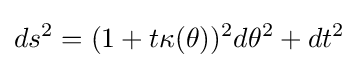
\displaystyle ds^{2}=(1+t\kappa (\theta ))^{2}d\theta ^{2}+dt^{2}